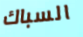
السباك